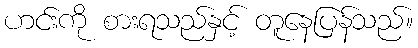
ဟင်းကို စားရသည်နှင့် တူနေပြန်သည်။